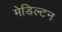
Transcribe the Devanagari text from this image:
मेडिल्टन